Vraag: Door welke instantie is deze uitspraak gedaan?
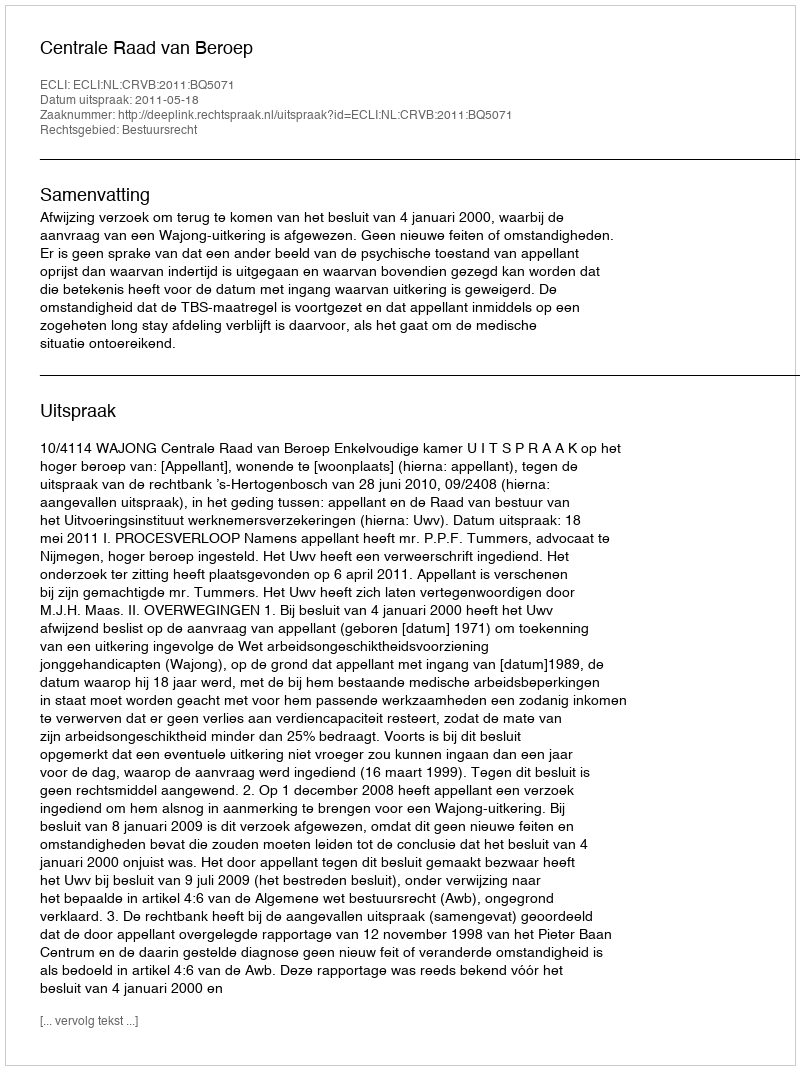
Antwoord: Centrale Raad van Beroep